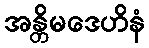
အန္တိမဒေဟိနံ